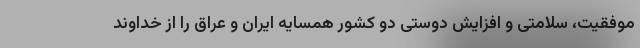
موفقیت، سلامتی و افزایش دوستی دو کشور همسایه ایران و عراق را از خداوند